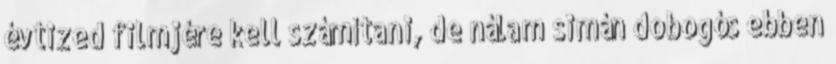
évtized filmjére kell számítani, de nálam simán dobogós ebben